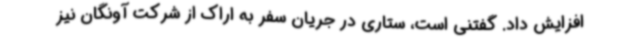
افزایش داد. گفتنی است، ستاری در جریان سفر به اراک از شرکت آونگان نیز